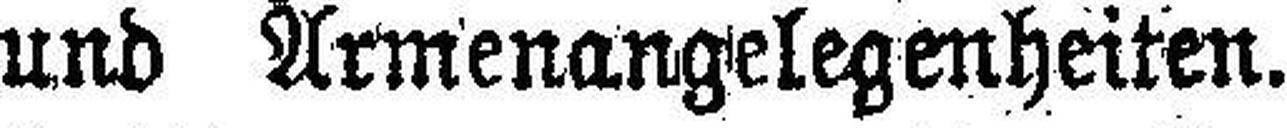
und Armenangelegenheiten.